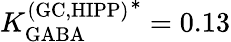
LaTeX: {K_{\mathrm{GABA}}^{\mathrm{(GC,HIPP)}}}^{*}=0.13